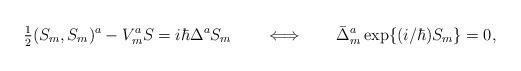
LaTeX: \begin{align*}\hbox{$\frac{1}{2}$} (S_m,S_m)^a - V_m^a S = i \hbar \Delta^a S_m\qquad\Longleftrightarrow\qquad\bar{\Delta}_m^a \,{\rm exp}\{ (i/\hbar) S_m \} = 0,\end{align*}